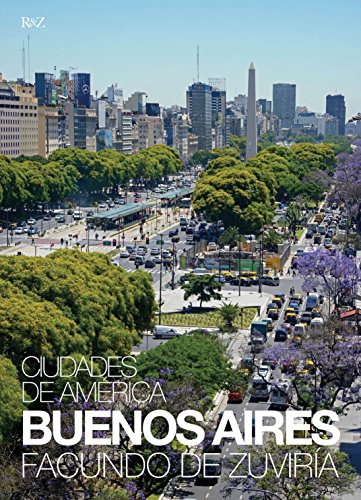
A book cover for Buenos Aires (English and Spanish Edition); Facundo de Zuviria (photographer); Travel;